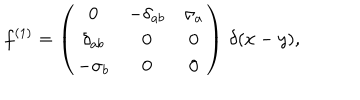
f ^ { ( 1 ) } = \left( \begin{array} { c c c } { { 0 } } & { { - \delta _ { a b } } } & { { \sigma _ { a } } } \\ { { \delta _ { a b } } } & { { 0 } } & { { 0 } } \\ { { - \sigma _ { b } } } & { { 0 } } & { { 0 } } \\ \end{array} \right) \, \delta ( x - y ) ,